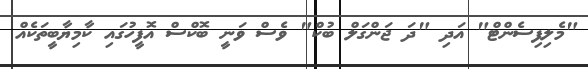
"މެލިފިސެންޓް" އަދި "ދަ ޖަންގަލް ބުކް" ވެސް ވަނީ ބޮކްސް އޮފީހުގައި ކާމިޔާބީތަކެއް